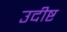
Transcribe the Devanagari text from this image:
उदीष्ट